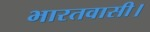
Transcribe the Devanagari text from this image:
भारतवासी।